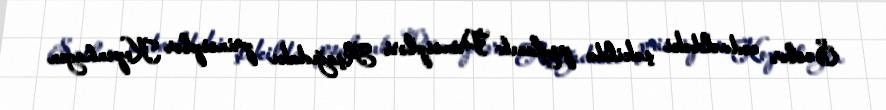
Səslər cədvəldəki şəkildə paylanıb: Prinsipləri Aşağıdakı prinsiplər Kopenhagen